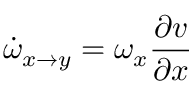
\dot { \omega } _ { x \rightarrow y } = \omega _ { x } \frac { \partial v } { \partial x }